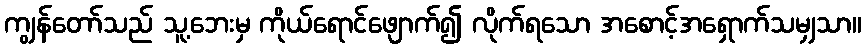
ကျွန်တော်သည် သူ့ဘေးမှ ကိုယ်ရောင်ဖျောက်၍ လိုက်ရသော အစောင့်အရှောက်သမျှသာ။